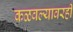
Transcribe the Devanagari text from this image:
कळवल्यावरही